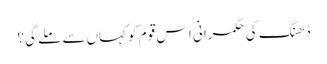
ڈھنگ کی حکمرانی اس قوم کو کہاں سے ملے گی؟